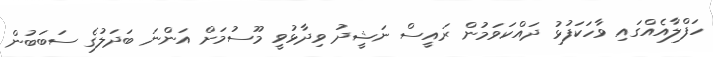
ހަފްލާއެއްގައި ވާހަކަފުޅު ދައްކަވަމުން ރައީސް ނަޝީދު ވިދާޅުވީ މޫސުމަށް އަންނަ ބަދަލުގެ ސަބަބުން